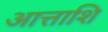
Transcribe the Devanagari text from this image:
आत्ताशि